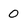
Character: 0